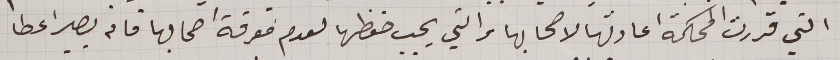
التي قررت المحكمة اعادتها لاصحابها والتي يجب حفظها لعدم معرفة اصحابها فانه يصير اعطا